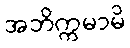
အဘိက္ကမာမိ